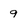
Character: 9